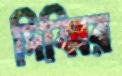
দিব্বির